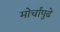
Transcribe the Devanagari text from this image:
मोर्चांपुढे